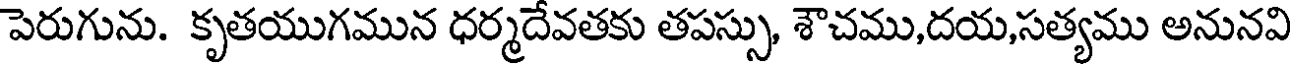
పెరుగును. కృతయుగమున ధర్మదేవతకు తపస్సు, శౌచము,దయ,సత్యము అనునవి